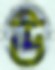
উ